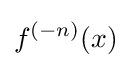
f^{(-n)}(x)